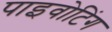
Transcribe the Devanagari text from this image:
पाइवोटिंग